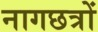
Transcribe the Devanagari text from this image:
नागछत्रों